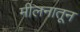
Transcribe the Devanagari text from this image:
मीलनातून